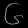
Digit: ၆